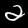
Label: 2